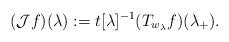
LaTeX: \begin{align*}(\mathcal Jf)(\lambda):=t[\lambda]^{-1} (T_{w_\lambda} f)(\lambda_+).\end{align*}